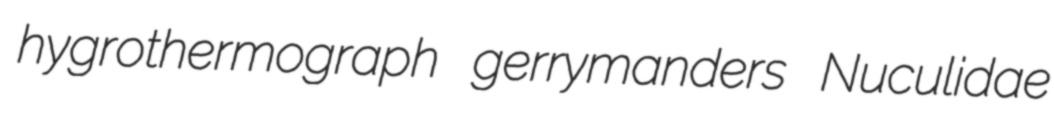
hygrothermograph gerrymanders Nuculidae